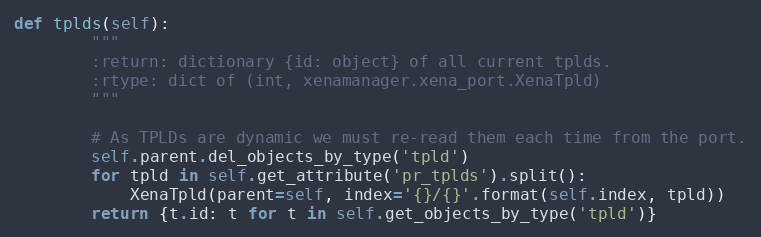
Language: Python
def tplds(self):
        """
        :return: dictionary {id: object} of all current tplds.
        :rtype: dict of (int, xenamanager.xena_port.XenaTpld)
        """

        # As TPLDs are dynamic we must re-read them each time from the port.
        self.parent.del_objects_by_type('tpld')
        for tpld in self.get_attribute('pr_tplds').split():
            XenaTpld(parent=self, index='{}/{}'.format(self.index, tpld))
        return {t.id: t for t in self.get_objects_by_type('tpld')}